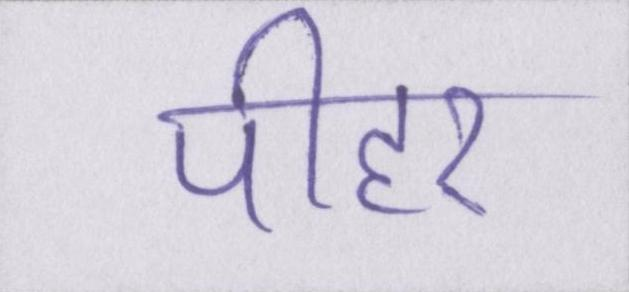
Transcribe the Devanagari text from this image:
पीहर